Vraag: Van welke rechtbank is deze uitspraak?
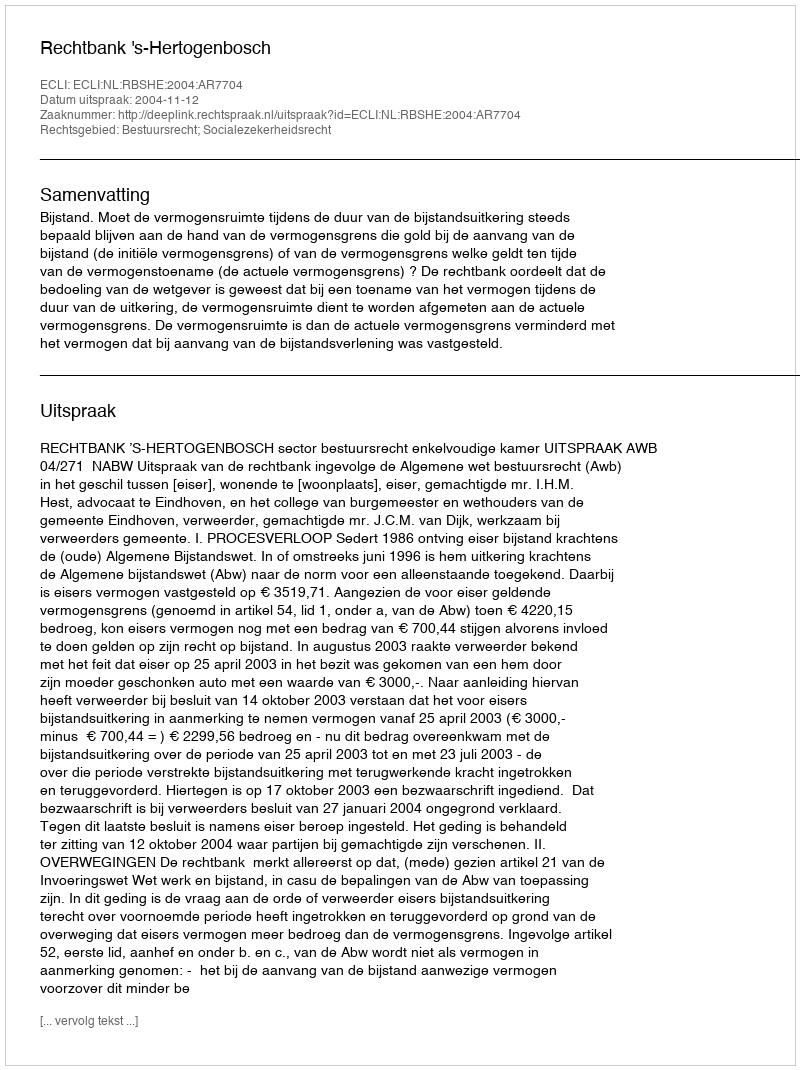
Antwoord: Rechtbank 's-Hertogenbosch